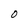
Character: O